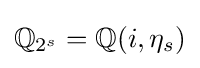
\mathbb {Q} _{2^{s}}=\mathbb {Q} (i,\eta _{s})